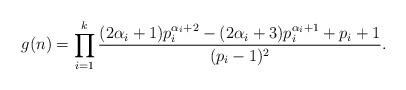
LaTeX: \begin{align*}g(n)=\displaystyle {\displaystyle \prod_{i=1}^k \frac {(2\alpha_i+1)p_i^{\alpha_i+2}-(2\alpha_i+3)p_i^{\alpha_i+1}+p_i+1}{(p_i-1)^2}}.\end{align*}